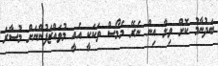
ބަދުނާމު ކޮށް ވިލާ އިން ނެރޭ މެމޯސް ތަަކަކީ އެއީ މުވައްޒަފުންނަށް މުސާރަ